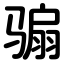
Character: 骟